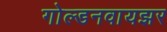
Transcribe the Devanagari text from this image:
गोल्डनवायझर